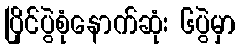
ပြိုင်ပွဲစုံနောက်ဆုံး ၆ပွဲမှာ